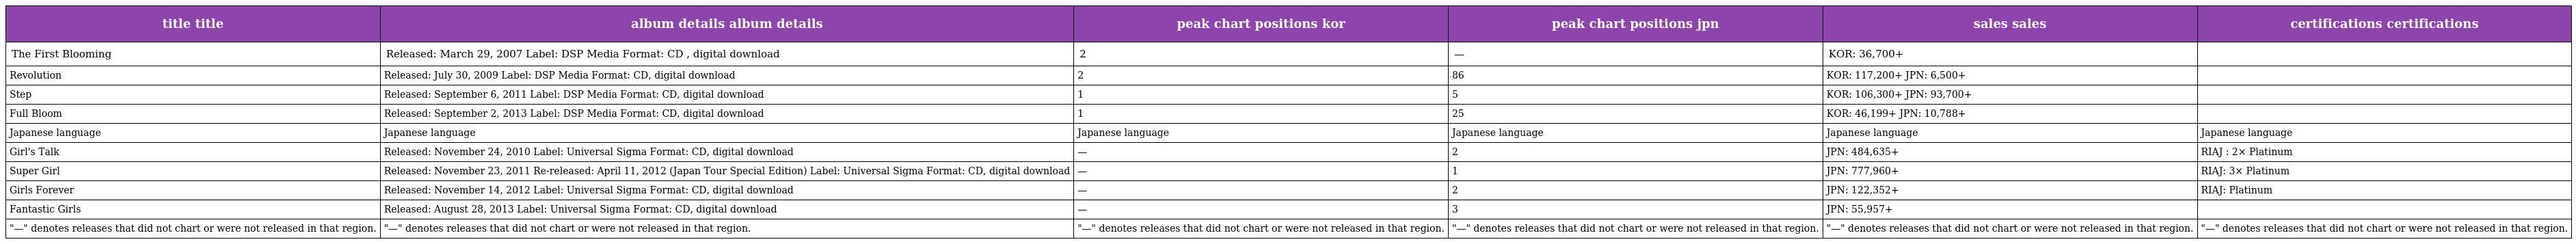
| title title | album details album details | peak chart positions kor | peak chart positions jpn | sales sales | certifications certifications |
 | --- | --- | --- | --- | --- | --- |
 | The First Blooming | Released: March 29, 2007 Label: DSP Media Format: CD , digital download | 2 | — | KOR: 36,700+ |  |
 | Revolution | Released: July 30, 2009 Label: DSP Media Format: CD, digital download | 2 | 86 | KOR: 117,200+ JPN: 6,500+ |  |
 | Step | Released: September 6, 2011 Label: DSP Media Format: CD, digital download | 1 | 5 | KOR: 106,300+ JPN: 93,700+ |  |
 | Full Bloom | Released: September 2, 2013 Label: DSP Media Format: CD, digital download | 1 | 25 | KOR: 46,199+ JPN: 10,788+ |  |
 | Japanese language | Japanese language | Japanese language | Japanese language | Japanese language | Japanese language |
 | Girl's Talk | Released: November 24, 2010 Label: Universal Sigma Format: CD, digital download | — | 2 | JPN: 484,635+ | RIAJ : 2× Platinum |
 | Super Girl | Released: November 23, 2011 Re-released: April 11, 2012 (Japan Tour Special Edition) Label: Universal Sigma Format: CD, digital download | — | 1 | JPN: 777,960+ | RIAJ: 3× Platinum |
 | Girls Forever | Released: November 14, 2012 Label: Universal Sigma Format: CD, digital download | — | 2 | JPN: 122,352+ | RIAJ: Platinum |
 | Fantastic Girls | Released: August 28, 2013 Label: Universal Sigma Format: CD, digital download | — | 3 | JPN: 55,957+ |  |
 | "—" denotes releases that did not chart or were not released in that region. | "—" denotes releases that did not chart or were not released in that region. | "—" denotes releases that did not chart or were not released in that region. | "—" denotes releases that did not chart or were not released in that region. | "—" denotes releases that did not chart or were not released in that region. | "—" denotes releases that did not chart or were not released in that region. |